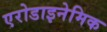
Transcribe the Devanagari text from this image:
एरोडाइनेमिक